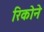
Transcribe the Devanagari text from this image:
रिकोने